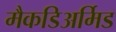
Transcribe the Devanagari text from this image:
मैकडिअर्मिड